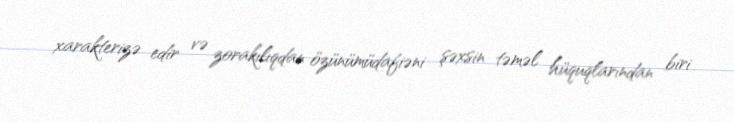
xarakterizə edir və zorakılıqdan özünümüdafiəni şəxsin təməl hüquqlarından biri